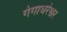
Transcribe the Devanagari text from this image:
गंगाधरेश्वर